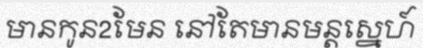
មានកូន2មែន នៅតែមានមន្តស្នេហ៍